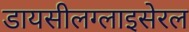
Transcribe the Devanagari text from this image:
डायसीलग्लाइसेरल